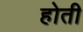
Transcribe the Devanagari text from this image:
होती